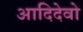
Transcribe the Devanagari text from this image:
आदिदेवो